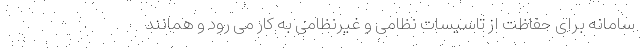
سامانه برای حفاظت از تاسیسات نظامی و غیرنظامی به کار می رود و همانند